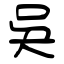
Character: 吳